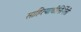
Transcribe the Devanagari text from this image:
साहित्याचीनिर्मिती